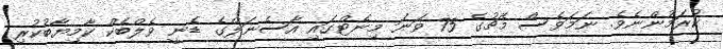
ކުރަމުންނެވެ. ނަމަވެސް މެޗުގެ 75 ވަނަ މިނެޓްގައި އާސެނަލްގެ ޑެނީ ވެލްބެކް ކާމިޔާބުކުރި